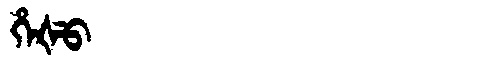
Manchu: ᡥᡝᡧᡠ
Romanization: HEŠU